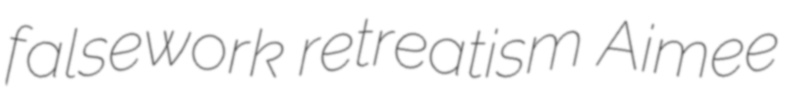
falsework retreatism Aimee